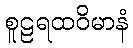
စူဠရထဝိမာနံ